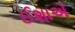
ઈશાએ